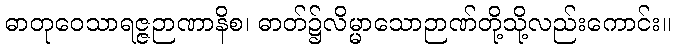
ဓာတုဝေသာရဇ္ဇဉာဏာနိစ၊ ဓာတ်၌လိမ္မာသောဉာဏ်တို့သို့လည်းကောင်း။